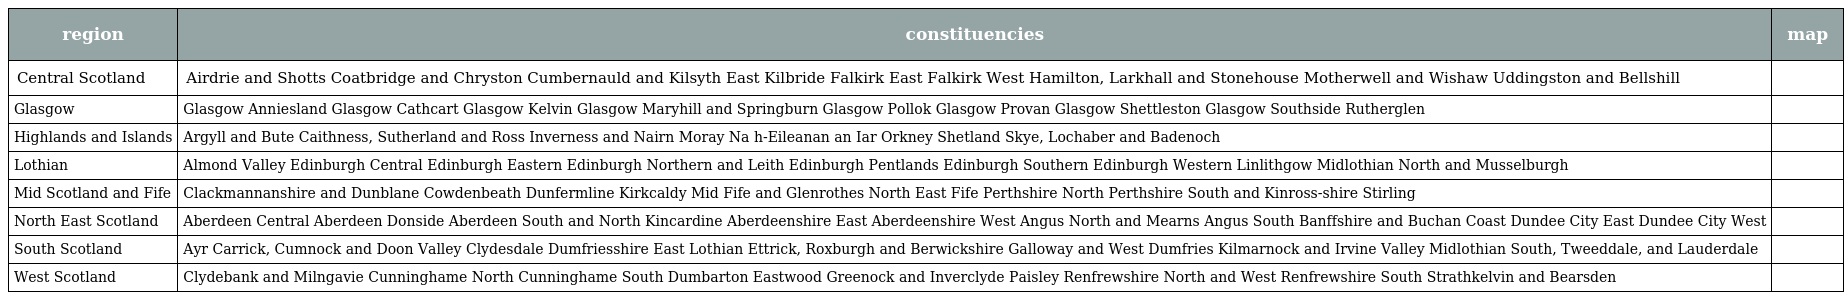
| region | constituencies | map |
 | --- | --- | --- |
 | Central Scotland | Airdrie and Shotts Coatbridge and Chryston Cumbernauld and Kilsyth East Kilbride Falkirk East Falkirk West Hamilton, Larkhall and Stonehouse Motherwell and Wishaw Uddingston and Bellshill |  |
 | Glasgow | Glasgow Anniesland Glasgow Cathcart Glasgow Kelvin Glasgow Maryhill and Springburn Glasgow Pollok Glasgow Provan Glasgow Shettleston Glasgow Southside Rutherglen |  |
 | Highlands and Islands | Argyll and Bute Caithness, Sutherland and Ross Inverness and Nairn Moray Na h-Eileanan an Iar Orkney Shetland Skye, Lochaber and Badenoch |  |
 | Lothian | Almond Valley Edinburgh Central Edinburgh Eastern Edinburgh Northern and Leith Edinburgh Pentlands Edinburgh Southern Edinburgh Western Linlithgow Midlothian North and Musselburgh |  |
 | Mid Scotland and Fife | Clackmannanshire and Dunblane Cowdenbeath Dunfermline Kirkcaldy Mid Fife and Glenrothes North East Fife Perthshire North Perthshire South and Kinross-shire Stirling |  |
 | North East Scotland | Aberdeen Central Aberdeen Donside Aberdeen South and North Kincardine Aberdeenshire East Aberdeenshire West Angus North and Mearns Angus South Banffshire and Buchan Coast Dundee City East Dundee City West |  |
 | South Scotland | Ayr Carrick, Cumnock and Doon Valley Clydesdale Dumfriesshire East Lothian Ettrick, Roxburgh and Berwickshire Galloway and West Dumfries Kilmarnock and Irvine Valley Midlothian South, Tweeddale, and Lauderdale |  |
 | West Scotland | Clydebank and Milngavie Cunninghame North Cunninghame South Dumbarton Eastwood Greenock and Inverclyde Paisley Renfrewshire North and West Renfrewshire South Strathkelvin and Bearsden |  |